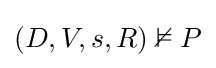
(D,V,s,R)\nvDash P